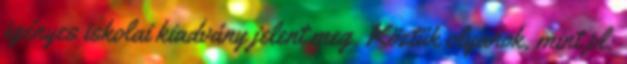
igényes iskolai kiadvány jelent meg. Köztük olyanok, mint pl: